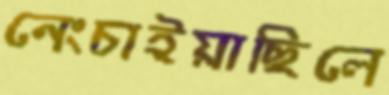
নেংচাইয়াছিলে